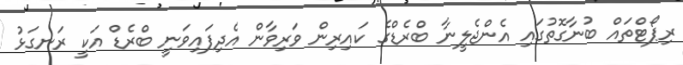
ރިޕޯޓްތައް ބުނާގޮތުގައި އެންޖެލީނާ ބްރެޑްގެ ކައިރިން ވަރިވާން އެދިފައިވަނީ ބްރެޑް އަކީ ރަނގަޅު